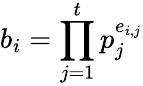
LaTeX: b_{i}=\prod_{j=1}^{t}p_{j}^{e_{i,j}}